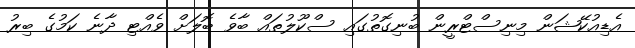
އެޑިއުކޭޝަން މިނިސްޓްރީން ބުނިގޮތުގައި ސްކޫލުތައް ބާވެ ބޮލަށް ވެއްޓި ދާނެ ކަމުގެ ބިރު